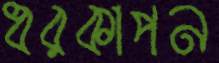
ধরকাপন